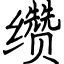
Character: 缵